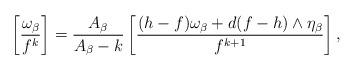
LaTeX: \begin{align*} \left[\frac{\omega_\beta}{f^k}\right]=\frac{A_\beta}{A_\beta-k}\left[\frac{(h-f)\omega_\beta+d(f-h)\wedge\eta_\beta}{f^{k+1}}\right],\end{align*}